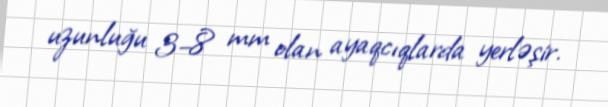
uzunluğu 3–8 mm olan ayaqcıqlarda yerləşir.